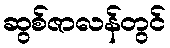
ဆွစ်ဇာလန်တွင်